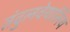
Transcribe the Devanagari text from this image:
तंदुलवेयालिय